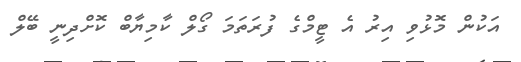
އަކުން މޮޅުވި އިރު އެ ޓީމްގެ ފުރަތަމަ ގޯލް ކާމިޔާބް ކޮށްދިނީ ބޭލް